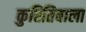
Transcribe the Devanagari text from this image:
कुरितिबाला